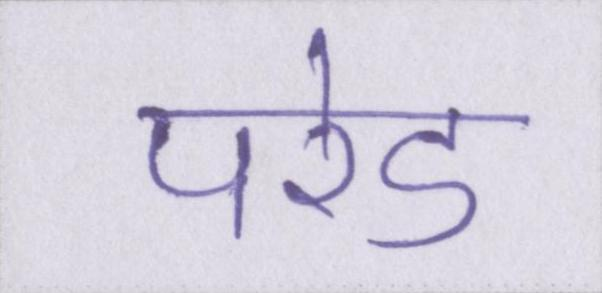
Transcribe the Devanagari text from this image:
परेड